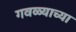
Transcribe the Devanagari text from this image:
गवळ्याच्या